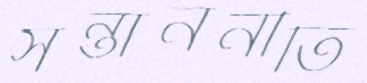
সন্তাননীতি